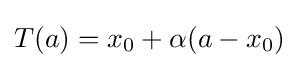
T(a)=x_{0}+\alpha (a-x_{0})